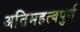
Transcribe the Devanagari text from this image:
अतिमहत्‍वपुर्ण